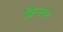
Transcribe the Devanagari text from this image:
ब्रिन्स्टर